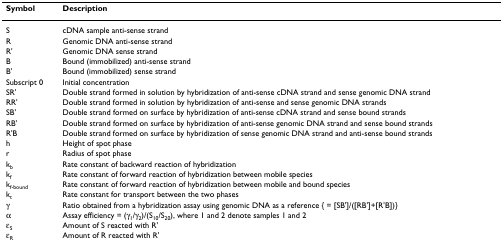
| Symbol | Description |
 | --- | --- |
 | S | cDNA sample anti-sense strand |
 | R | Genomic DNA anti-sense strand |
 | R' | Genomic DNA sense strand |
 | B | Bound (immobilized) anti-sense strand |
 | B' | Bound (immobilized) sense strand |
 | Subscript 0 | Initial concentration |
 | SR' | Double strand formed in solution by hybridization of anti-sense cDNA strand and sense genomic DNA strand |
 | RR' | Double strand formed in solution by hybridization of anti-sense and sense genomic DNA strands |
 | SB' | Double strand formed on surface by hybridization of anti-sense cDNA strand and sense bound strands |
 | RB' | Double strand formed on surface by hybridization of anti-sense genomic DNA strand and sense bound strands |
 | R'B | Double strand formed on surface by hybridization of sense genomic DNA strand and anti-sense bound strands |
 | h | Height of spot phase |
 | r | Radius of spot phase |
 | kb | Rate constant of backward reaction of hybridization |
 | kf | Rate constant of forward reaction of hybridization between mobile species |
 | kf-bound | Rate constant of forward reaction of hybridization between mobile and bound species |
 | kt | Rate constant for transport between the two phases |
 | γ | Ratio obtained from a hybridization assay using genomic DNA as a reference { = [SB']/([RB']+[R'B])} |
 | α | Assay efficiency = (γ1/γ2)/(S10/S20), where 1 and 2 denote samples 1 and 2 |
 | εS | Amount of S reacted with R' |
 | εR | Amount of R reacted with R' |